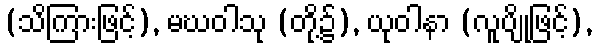
(သိကြားဖြင့်), မဃဝါသု (တို့၌), ယုဝါနာ (လူပျိုဖြင့်),